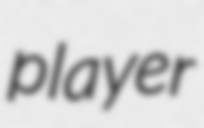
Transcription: player